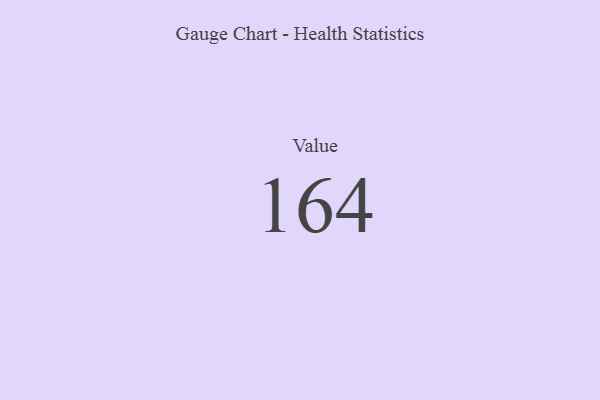
{"axis": {"x": "Metric", "y": "Value"}, "legend": [""], "data": [{"x": "Value", "y": 164, "type": ""}]}